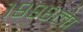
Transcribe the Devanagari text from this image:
१९९८ला